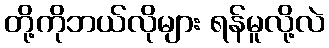
တို့ကိုဘယ်လိုများ ရန်မူလို့လဲ